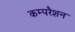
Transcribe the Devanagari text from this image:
कम्परैशन